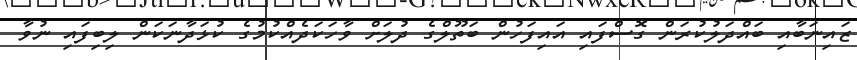
ޒައިނަބާއި ބައްދަލުކުރަން ގޮސްފައި އައިފަހުން ބަތޫލްގެ ދުލަށް ވާހަކަދެއްކުމުގެ ކުޅަދާނަކަން ލިބިފައި ނުވާ